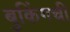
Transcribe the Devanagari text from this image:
बुकिंगची